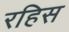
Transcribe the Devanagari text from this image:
रहिस